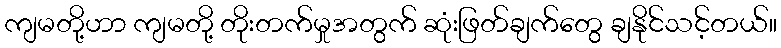
ကျမတို့ဟာ ကျမတို့ တိုးတက်မှုအတွက် ဆုံးဖြတ်ချက်တွေ ချနိုင်သင့်တယ်။